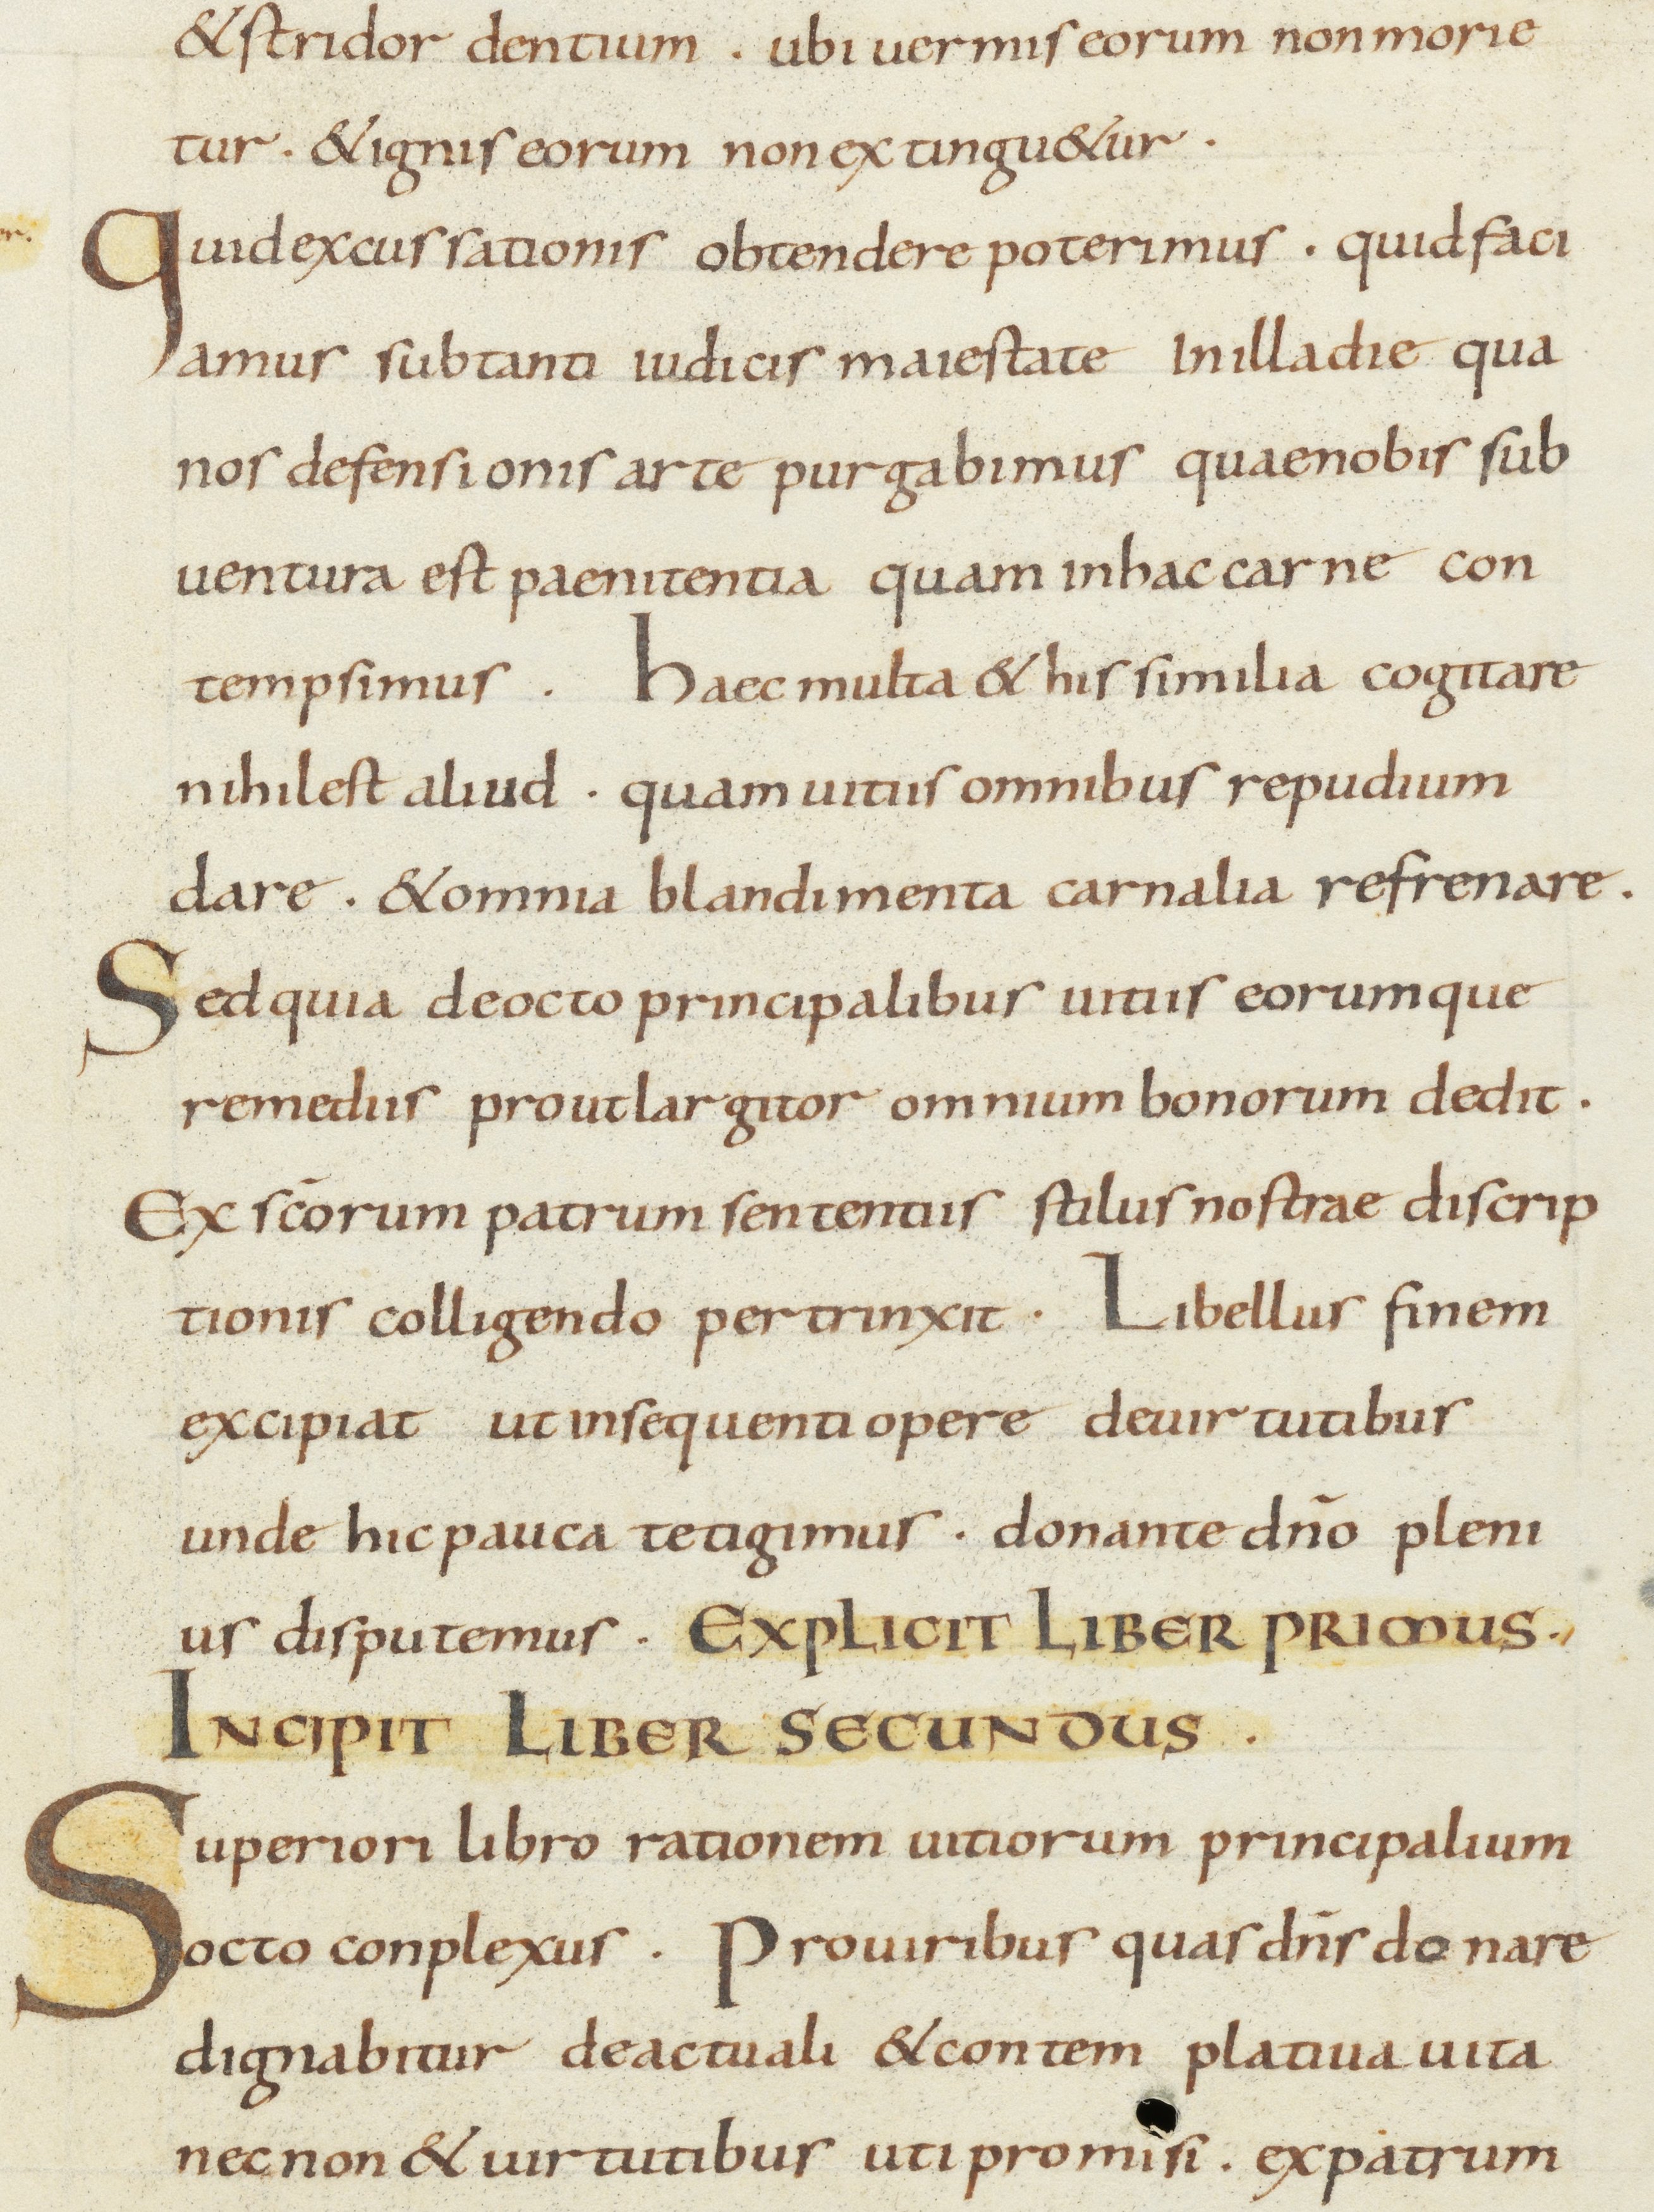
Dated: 800–899